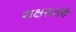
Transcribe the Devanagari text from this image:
राक्षसाशी